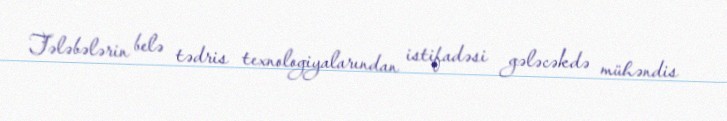
Tələbələrin belə tədris texnologiyalarından istifadəsi gələcəkdə mühəndis